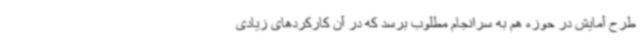
طرح آمایش در حوزه هم به سرانجام مطلوب برسد که در آن کارکردهای زیادی